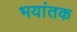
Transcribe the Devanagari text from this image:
भयांतक